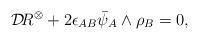
LaTeX: \begin{align*}{\cal D}\!R^{\otimes}+2\epsilon_{AB}\bar\psi_A\wedge\rho_B=0,\end{align*}